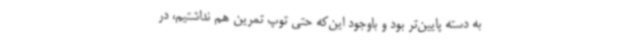
به دسته پایین‌تر بود و باوجود این‌که حتی توپ تمرین هم نداشتیم، در